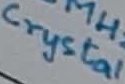
Text: Crystal